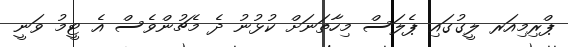
ޕްރިމިއަރ ލީގުގައި ޕެލަސް މިހާތަނަށް ކުޅުނު ދެ މެޗުންވެސް އެ ޓީމު ވަނީ